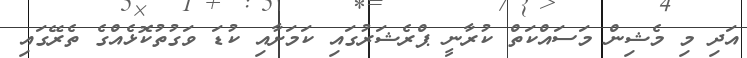
އަދި މި މެޝިން މަސައްކަތް ކުރާނީ ޕްރެޝަރުގައި ކަމަށާއި ކުޑަ ވަގުތުކޮޅެއްގެ ތެރޭގައި